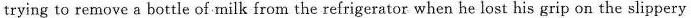
trying to remove a bottle of milk from the refrigerator when he lost his grip on the slippery